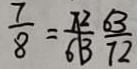
\frac { 7 } { 8 } = \frac { 7 2 } { 6 3 } \frac { 6 3 } { 7 2 }